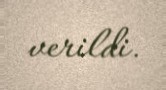
verildi.